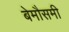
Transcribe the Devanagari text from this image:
बेमौसमी